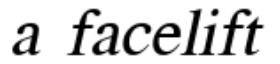
a facelift